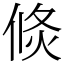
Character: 倐